Report of the Indian Hemp Drugs Commission, 1894-1895 - Volume II
Year: 1894
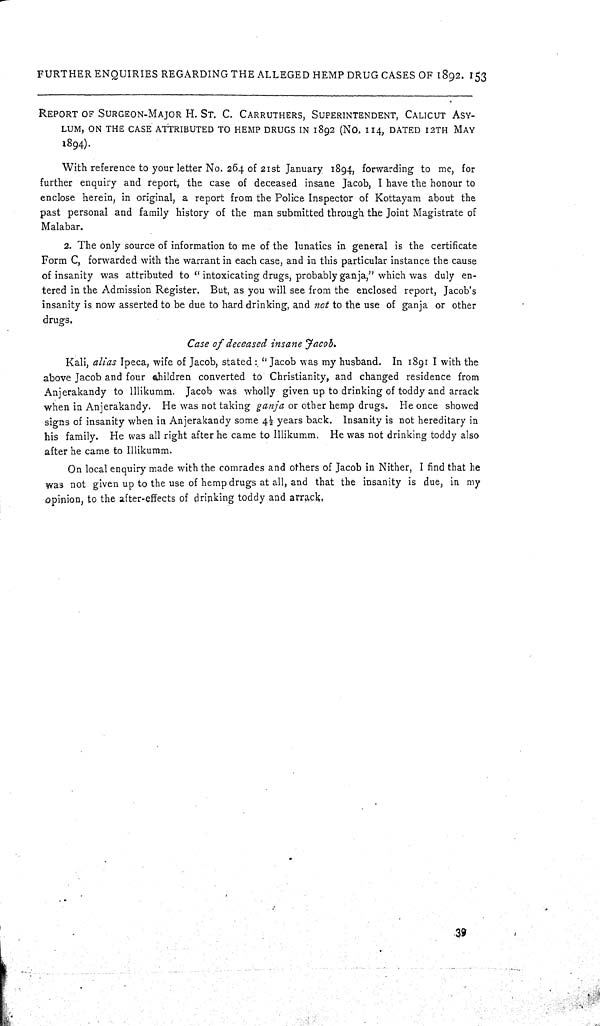
FURTHER ENQUIRIES REGARDING THE ALLEGED HEMP DRUG CASES OF 1892. 153
REPORT OF SURGEON-MAJOT H. ST. C. CARRUTHERS, SUPERINTENDENT, CALICUT ASY-
---, ON THE CASE ATTRIBUTED TO HEMP DRUGS IN 1892 (NO. 114, DATED 12TH MAY
1894).
With reference to your letter No. 264 of 21st January 1894, forwarding to me, for
further enquiry and report, the case of deceased insane Jacob, I have the honour to
enclose herein, in original, a report from the Police Inspector of Kottayam about the
past personal and family history of the man submitted through the Joint Magistrate of
Malabar.
2. The only source of information to me of the lunatics in general is the certificate
Form C, forwarded with the warrant in each case, and in this particular instance the cause
of insanity was attributed to "intoxicating drugs, probably ganja," which was duly en-
tered in the Admission Register. But, as you will see from the enclosed report, Jacob's
insanity is now asserted to be due to hard drinking, and not to the use of ganja or other
drugs.
Case of deceased insane Jacob.
Kali, alias Ipeca, wife of Jacob, stated : "Jacob was my husband. In 1891 I with the
above Jacob and four children converted to Christianity, and changed residence from
Anjerakandy to Illikumm. Jacob was wholly given up to drinking of toddy and arrack
when in Anjerakandy. He was not taking ganja or other hemp drugs. He once showed
signs of insanity when in Anjerakandy some 41/2 years back. Insanity is not hereditary in
his family. He was all right after he came to Illikumm. He was not drinking toddy also
after he came to Illikumm.
On local enquiry made with the comrades and others of Jacob in Nither, I find that he
was not given up to the use of hemp drugs at all, and that the insanity is due, in my
opinion, to the after-effects of drinking toddy and arrack.